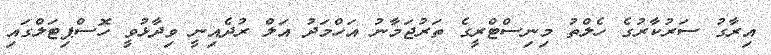
އިރާގު ސަރުކާރުގެ ހެލްތު މިނިސްޓްރީގެ ތަރުޖަމާނު އަހްމަދު އަލް ރުދެއިނީ ވިދާޅުވީ ހޮސްޕިޓަލްގައި